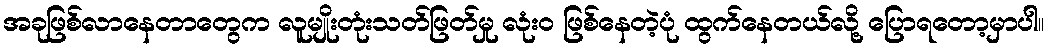
အခုဖြစ်လာနေတာတွေက လူမျိုးတုံးသတ်ဖြတ်မှု လုံးဝ ဖြစ်နေတဲ့ပုံ ထွက်နေတယ်လို့ ပြောရတော့မှာပါ။